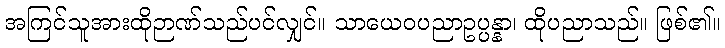
အကြင်သူအားထိုဉာဏ်သည်ပင်လျှင်။ သာယေဝပညာဥပ္ပန္နာ၊ ထိုပညာသည်။ ဖြစ်၏။